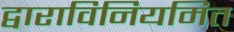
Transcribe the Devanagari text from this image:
द्वाराविनियमित